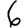
Digit: 6